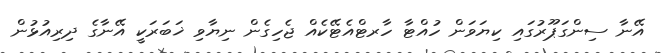
އޭނާ ސިންގަޕޫރުގައި ކިޔަވަން ހުއްޓާ ހާރޓްއެޓޭކެއް ޖެހިގެން ނިޔާވި ޚަބަރަކީ އޭނާގެ ދިރިއުޅުން